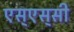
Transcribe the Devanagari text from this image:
एस्‌एस्‌सी